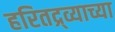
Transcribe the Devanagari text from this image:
हरितद्र्व्याच्या